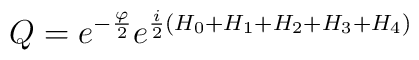
Q = e^{-{\varphi\over 2}}e^{{i\over 2}\left(H_0+H_1+H_2+H_3+H_4\right)}